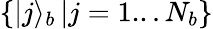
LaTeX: \left\{ |j\rangle_{b}\right.\left|j=1...N_{b}\right\}